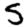
Digit: 5